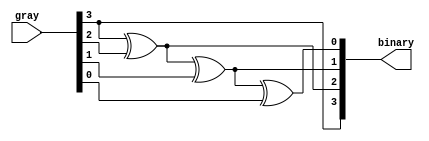
`timescale 1ns / 1ps
//////////////////////////////////////////////////////////////////////////////////
// Design Name: Gray to Binary Code Converter Verilog Code
// Module Name: g2b_converter
// 
// Tool Used : AMD's Xilinx Vivado Version 2023.2
// Description: Gray Code is similar to binary code except its successive number differs by only a single
//bit. Hence, it has importance in communication systems as it minimizes error
//occurrence. They are also useful in rotary, optical encoders, data acquisition systems,
//etc.
//
// Language used :  Verilog 
//////////////////////////////////////////////////////////////////////////////////
module g2b_converter #(parameter WIDTH=4) (input [WIDTH-1:0] gray, output
[WIDTH-1:0] binary);

assign binary[0] = gray[3] ^ gray[2] ^ gray[1] ^ gray[0];
assign binary[1] = gray[3] ^ gray[2] ^ gray[1];
assign binary[2] = gray[3] ^ gray[2];
assign binary[3] = gray[3];

// OR
/*genvar i;
generate
for(i=0;i<WIDTH;i++) begin
assign binary[i] = ^(gray >> i);
end
endgenerate*/
endmodule